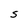
Character: S